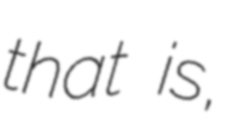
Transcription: that is,